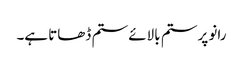
رانو پر ستم بالائے ستم ڈھاتا ہے۔